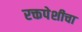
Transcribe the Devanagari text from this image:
रक्तपेशीचा